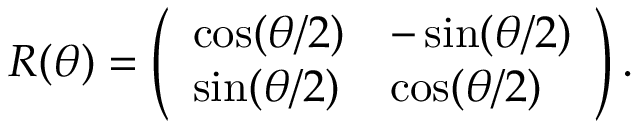
R ( \theta ) = \left( \begin{array} { l l } { { \cos ( \theta / 2 ) } } & { { - \sin ( \theta / 2 ) } } \\ { { \sin ( \theta / 2 ) } } & { { \cos ( \theta / 2 ) } } \end{array} \right) .